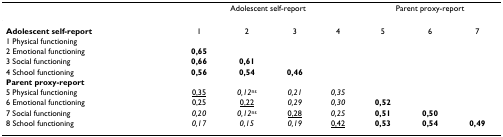
<table><thead><tr><td></td><td colspan="4"><b>Adolescent self-report</b></td><td colspan="3"><b>Parent proxy-report</b></td></tr></thead><tbody><tr><td><b>Adolescent self-report</b></td><td>1</td><td>2</td><td>3</td><td>4</td><td>5</td><td>6</td><td>7</td></tr><tr><td>1 Physical functioning</td><td></td><td></td><td></td><td></td><td></td><td></td><td></td></tr><tr><td>2 Emotional functioning</td><td><b>0,65</b></td><td></td><td></td><td></td><td></td><td></td><td></td></tr><tr><td>3 Social functioning</td><td><b>0,66</b></td><td><b>0,61</b></td><td></td><td></td><td></td><td></td><td></td></tr><tr><td>4 School functioning</td><td><b>0,56</b></td><td><b>0,54</b></td><td><b>0,46</b></td><td></td><td></td><td></td><td></td></tr><tr><td colspan="8"><b>Parent proxy-report</b></td></tr><tr><td>5 Physical functioning</td><td><underline>0,35</underline></td><td><i>0,12</i><sup>ns</sup></td><td><i>0,21</i></td><td><i>0,35</i></td><td></td><td></td><td></td></tr><tr><td>6 Emotional functioning</td><td>0,25</td><td><underline>0,22</underline></td><td><i>0,29</i></td><td><i>0,30</i></td><td><b>0,52</b></td><td></td><td></td></tr><tr><td>7 Social functioning</td><td><i>0,20</i></td><td><i>0,12</i><sup>ns</sup></td><td><underline>0,28</underline></td><td><i>0,25</i></td><td><b>0,51</b></td><td><b>0,50</b></td><td></td></tr><tr><td>8 School functioning</td><td><i>0,17</i></td><td><i>0,15</i></td><td><i>0,19</i></td><td><underline>0,42</underline></td><td><b>0,53</b></td><td><b>0,54</b></td><td><b>0,49</b></td></tr></tbody></table>